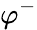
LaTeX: \varphi^{-}